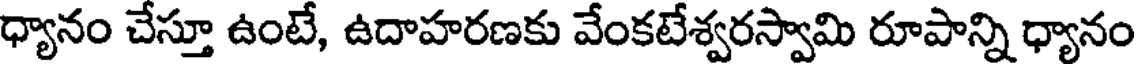
ధ్యానం చేస్తూ ఉంటే, ఉదాహరణకు వేంకటేశ్వరస్వామి రూపాన్ని ధ్యానం